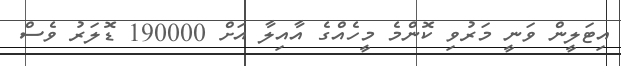
އިޓަލީން ވަނީ މަރުވި ކޮންމެ މީހެއްގެ އާއިލާ އަށް 190000 ޑޮލަރު ވެސް